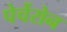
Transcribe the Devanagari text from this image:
पेर्चेरोन